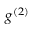
g ^ { ( 2 ) }